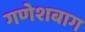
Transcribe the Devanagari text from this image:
गणेशबाग